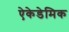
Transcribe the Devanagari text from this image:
ऐकेडेमिक